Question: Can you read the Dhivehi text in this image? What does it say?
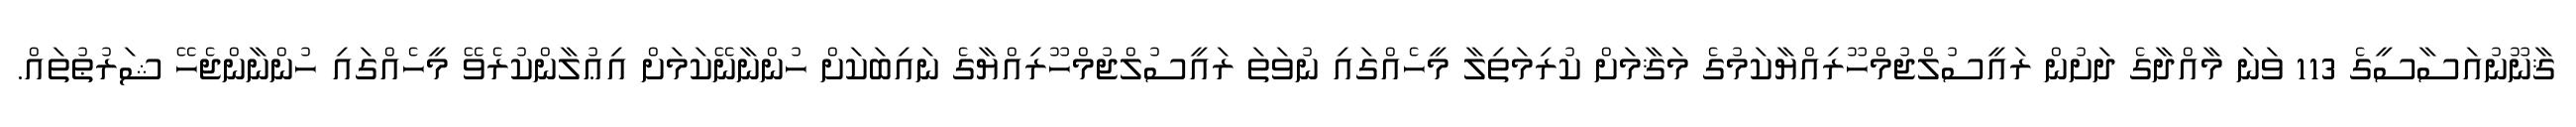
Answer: ޤާނޫނުއަސާސީގެ 113 ވަނަ މާއްދާގެ ދަށުން ރައީސުލްޖުމްހޫރިއްޔާކަމުގެ މަޤާމަށް ކުރިމަތިލާ މީހެއްގައި ނުވަތަ ރައީސުލްޖުމްހޫރިއްޔާގެ ނައިބަކަށް ހުންނާނޭކަމަށް އިޢުލާންކުރެވޭ މީހެއްގައި ހުންނާންޖެހޭ ޝަރުޠުތައް.